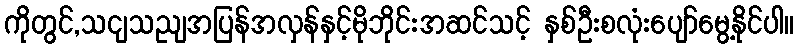
ကိုတွင်,သငျသညျအပြန်အလှန်နှင့်မိုဘိုင်းအဆင်သင့် နှစ်ဦးစလုံးပျော်မွေ့နိုင်ပါ။